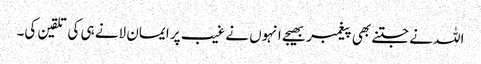
اللہ نے جتنے بھی پیغمبر بھیجے انہوں نے غیب پر ایمان لانے ہی کی تلقین کی۔